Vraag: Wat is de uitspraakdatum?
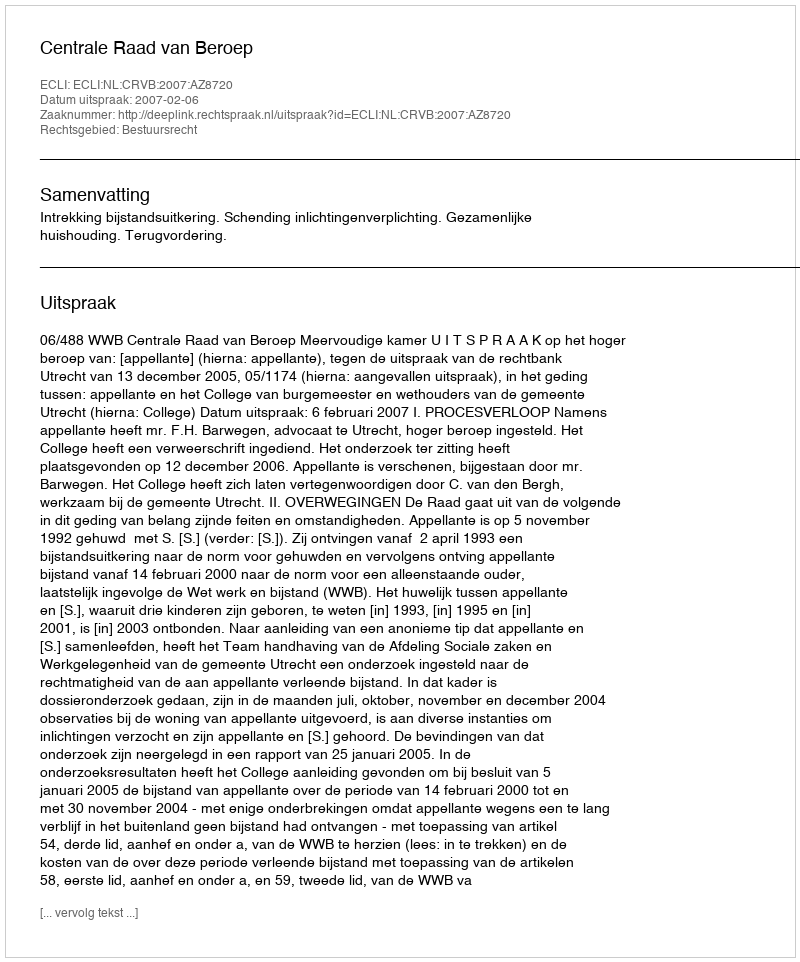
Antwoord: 2007-02-06